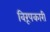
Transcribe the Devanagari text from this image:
विरूपकारी